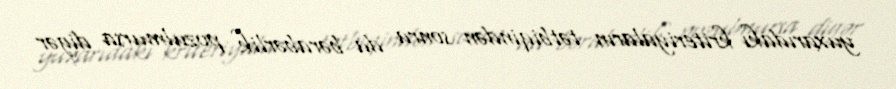
yuxarıdakı kriteriyaların tətbiqindən sonra da bərabərlik pozulmursa digər